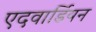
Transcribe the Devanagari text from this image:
एदवार्डियन